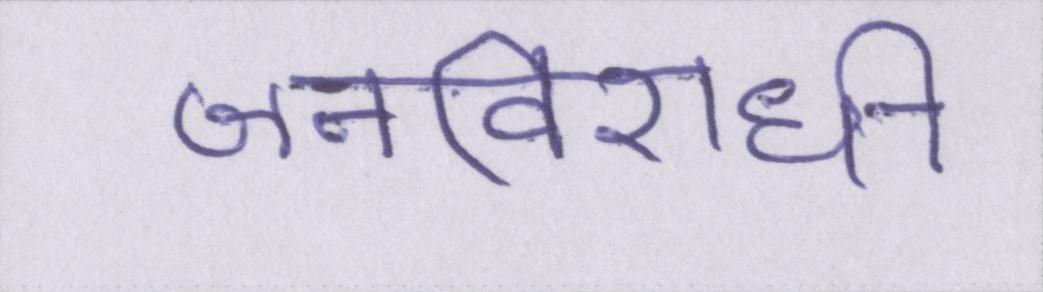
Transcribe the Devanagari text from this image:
जनविरोधी